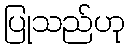
ပြုသည်ဟု